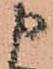
申